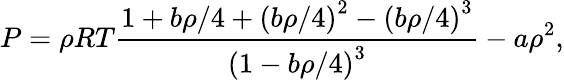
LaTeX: P=\rho RT\frac{1+b\rho/4+{(b\rho/4)}^{2}-{(b\rho/4)}^{3}}{{(1-b\rho/4)}^{3}}-a\rho^{2},